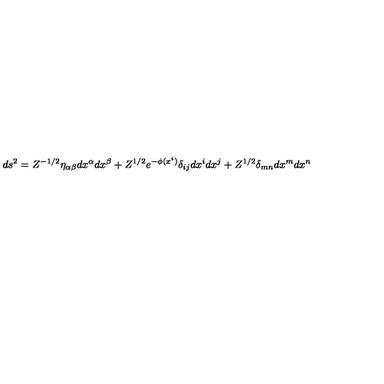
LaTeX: d s ^ { 2 } = Z ^ { - 1 / 2 } \eta _ { \alpha \beta } d x ^ { \alpha } d x ^ { \beta } + Z ^ { 1 / 2 } e ^ { - \phi ( x ^ { i } ) } \delta _ { i j } d x ^ { i } d x ^ { j } + Z ^ { 1 / 2 } \delta _ { m n } d x ^ { m } d x ^ { n }